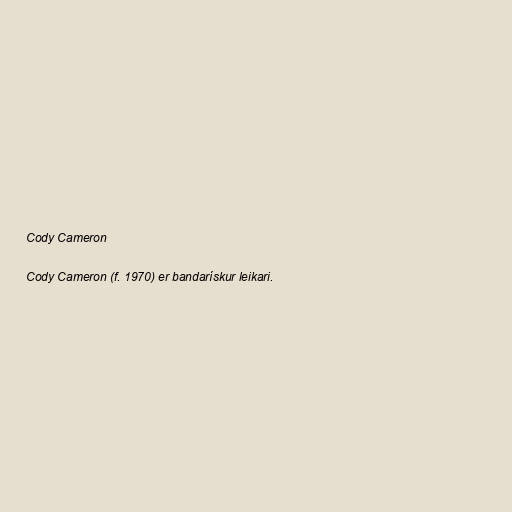
Cody Cameron

Cody Cameron (f. 1970) er bandarískur leikari.